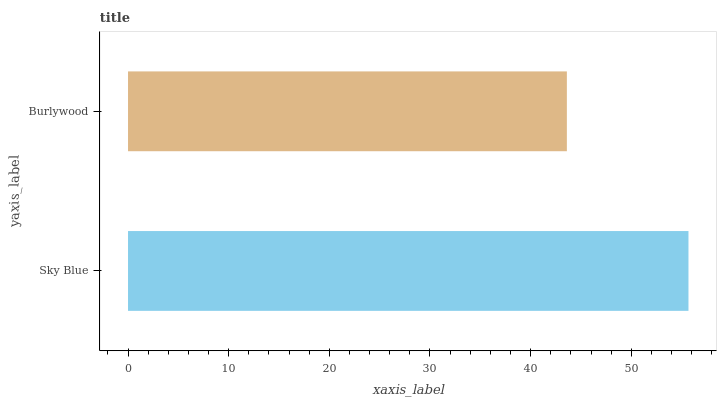
| yaxis_label | bars |
 | --- | --- |
 | Sky Blue | 55.7 |
 | Burlywood | 43.6 |